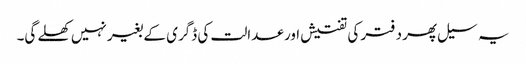
یہ سیل پھر دفتر کی تفتیش اور عدالت کی ڈگری کے بغیر نہیں کھلے گی۔